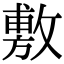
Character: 敷